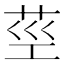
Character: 𦮨